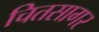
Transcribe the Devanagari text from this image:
चितसागर